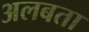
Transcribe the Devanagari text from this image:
अलबता